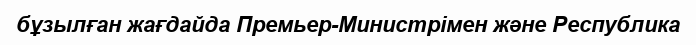
бұзылған жағдайда Премьер-Министрімен және Республика